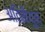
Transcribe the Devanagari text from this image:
अतिमैथुन